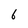
Character: 6